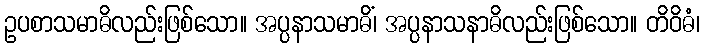
ဥပစာသမာဓိလည်းဖြစ်သော။ အပ္ပနာသမာဓိံ၊ အပ္ပနာသနာဓိလည်းဖြစ်သော။ တိဝိဓံ၊